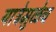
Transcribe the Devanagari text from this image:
यात्रेमुळेच